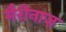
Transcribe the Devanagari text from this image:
मैरीनाज़